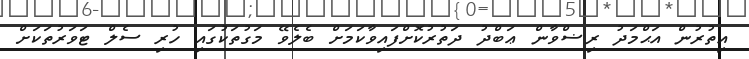
އިތުރުން އަޙްމަދު ރިޟްވާން ޢަބްދު ދަތުރުކޮށްފައިވާކަމަށް ބެލެވޭ މަގުތަކުގައި ހުރި ސެލް ޓަވަރުތަކަށް